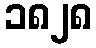
၁၈၂၈